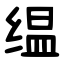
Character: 缊